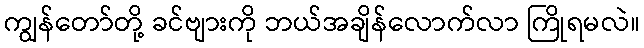
ကျွန်တော်တို့ ခင်ဗျားကို ဘယ်အချိန်လောက်လာ ကြိုရမလဲ။